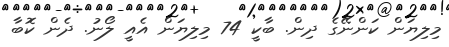
މިލިޔަން ކަންނޭގެ ދިން. ބާކީ 74 މިލިޔަން އެއީ ލޯނު. ދެން ކޮބާ